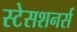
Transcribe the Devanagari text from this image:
स्टेसशनर्स